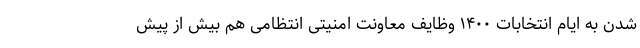
شدن به ایام انتخابات ۱۴۰۰ وظایف معاونت امنیتی انتظامی هم بیش از پیش